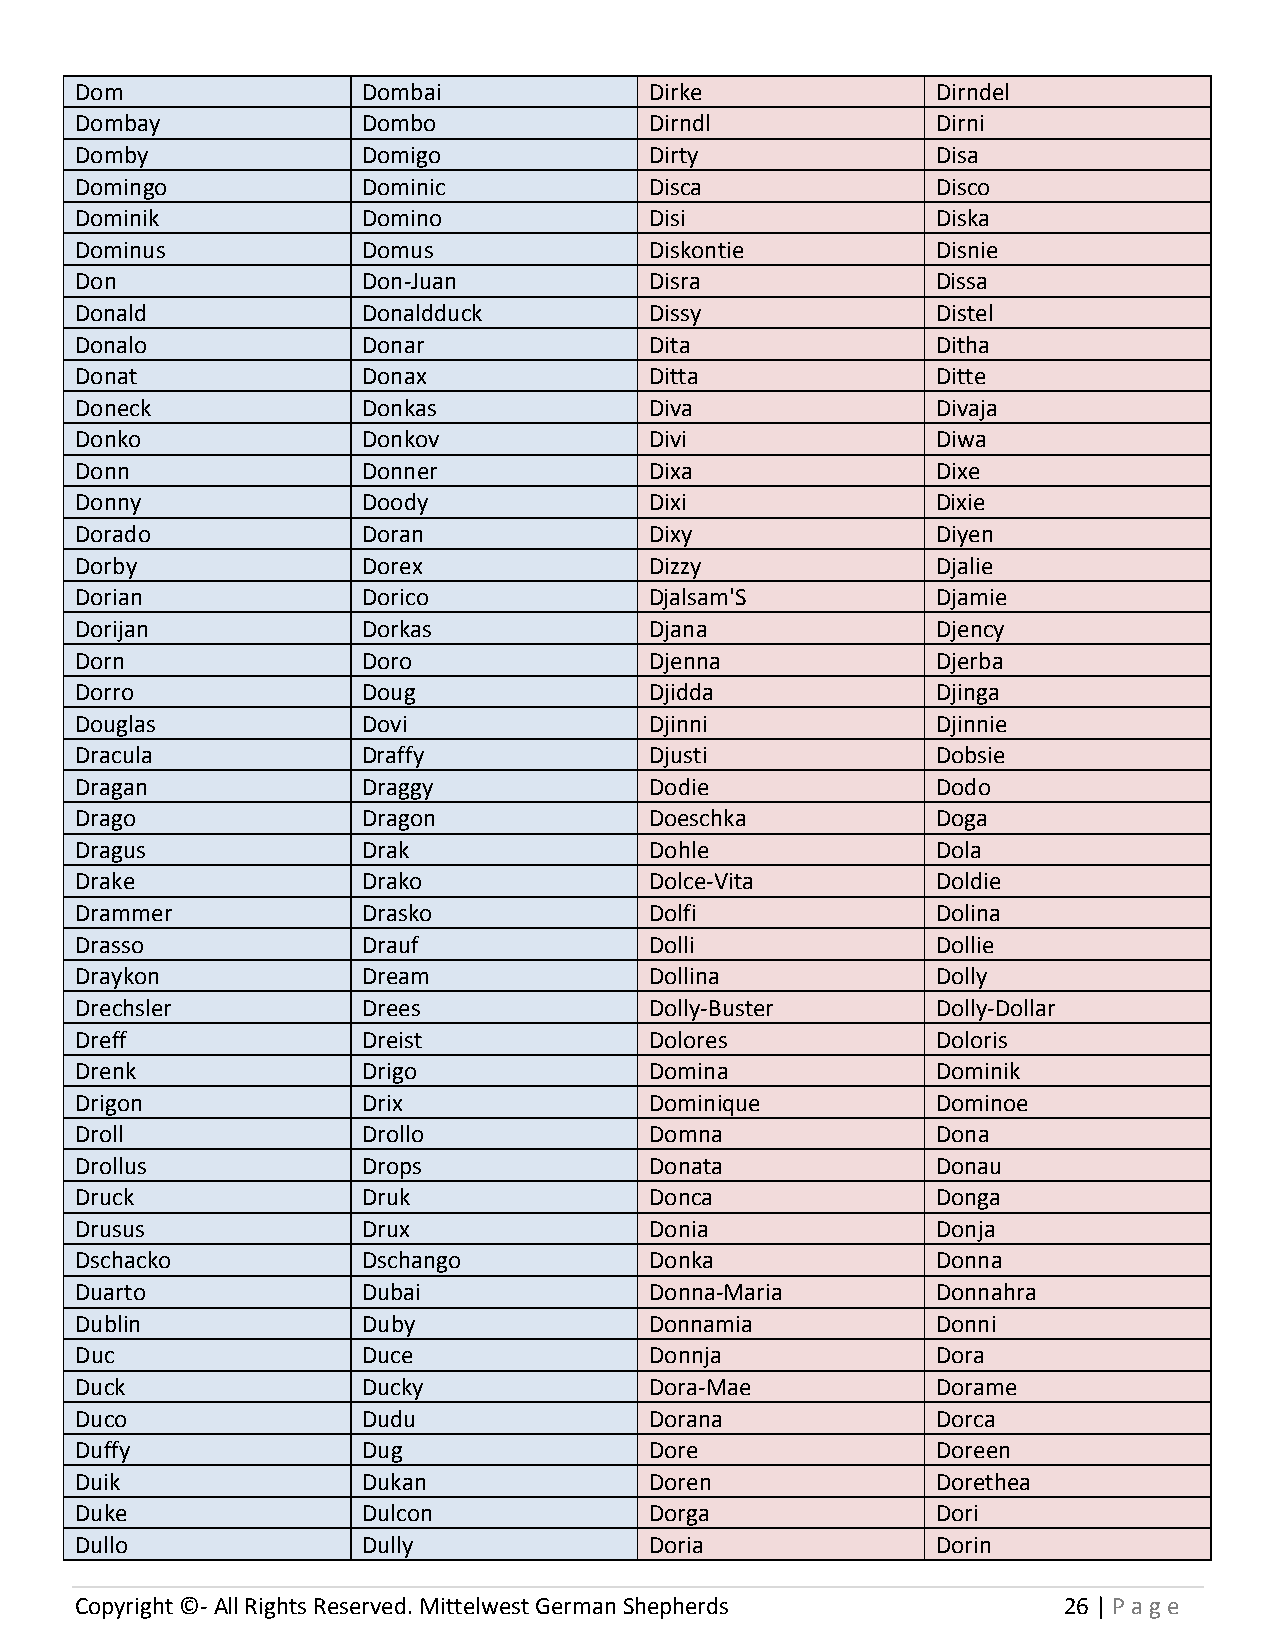
Dom                Dombai             Dirke              Dirndel
 Dombay             Dombo              Dirndl             Dirni
 Domby              Domigo             Dirty              Disa
 Domingo            Dominic            Disca              Disco
 Dominik            Domino             Disi               Diska
 Dominus            Domus              Diskontie          Disnie
 Don                Don-Juan           Disra              Dissa
 Donald             Donaldduck         Dissy              Distel
 Donalo             Donar              Dita               Ditha
 Donat              Donax              Ditta              Ditte
 Doneck             Donkas             Diva               Divaja
 Donko              Donkov             Divi               Diwa
 Donn               Donner             Dixa               Dixe
 Donny              Doody              Dixi               Dixie
 Dorado             Doran              Dixy               Diyen
 Dorby              Dorex              Dizzy              Djalie
 Dorian             Dorico             Djalsam'S          Djamie
 Dorijan            Dorkas             Djana              Djency
 Dorn               Doro               Djenna             Djerba
 Dorro              Doug               Djidda             Djinga
 Douglas            Dovi               Djinni             Djinnie
 Dracula            Draffy             Djusti             Dobsie
 Dragan             Draggy             Dodie              Dodo
 Drago              Dragon             Doeschka           Doga
 Dragus             Drak               Dohle              Dola
 Drake              Drako              Dolce-Vita         Doldie
 Drammer            Drasko             Dolfi              Dolina
 Drasso             Drauf              Dolli              Dollie
 Draykon            Dream              Dollina            Dolly
 Drechsler          Drees              Dolly-Buster       Dolly-Dollar
 Dreff              Dreist             Dolores            Doloris
 Drenk              Drigo              Domina             Dominik
 Drigon             Drix               Dominique          Dominoe
 Droll              Drollo             Domna              Dona
 Drollus            Drops              Donata             Donau
 Druck              Druk               Donca              Donga
 Drusus             Drux               Donia              Donja
 Dschacko           Dschango           Donka              Donna
 Duarto             Dubai              Donna-Maria        Donnahra
 Dublin             Duby               Donnamia           Donni
 Duc                Duce               Donnja             Dora
 Duck               Ducky              Dora-Mae           Dorame
 Duco               Dudu               Dorana             Dorca
 Duffy              Dug                Dore               Doreen
 Duik               Dukan              Doren              Dorethea
 Duke               Dulcon             Dorga              Dori
 Dullo              Dully              Doria              Dorin
 Copyright ©- All Rights Reserved. Mittelwest German Shepherds    26 | P age